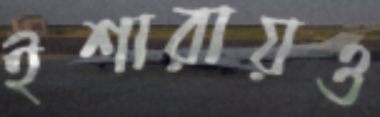
ইশারায়ও